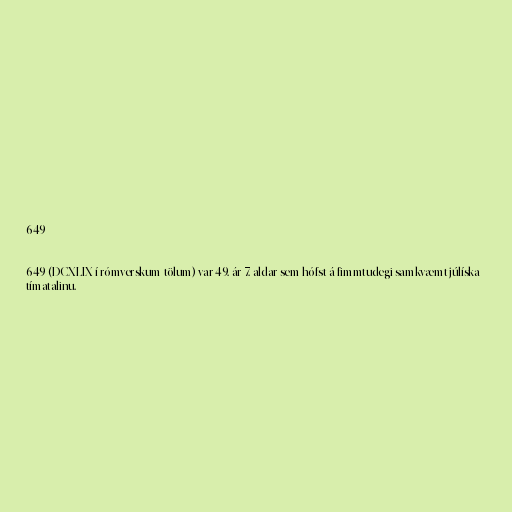
649

649 (DCXLIX í rómverskum tölum) var 49. ár 7. aldar sem hófst á fimmtudegi samkvæmt júlíska
tímatalinu.